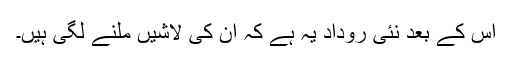
اُس کے بعد نئی روداد یہ ہے کہ اُن کی لاشیں ملنے لگی ہیں۔